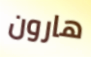
هارون